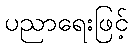
ပညာရေးဖြင့်